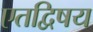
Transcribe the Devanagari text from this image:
एतद्विषय